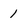
Character: 1